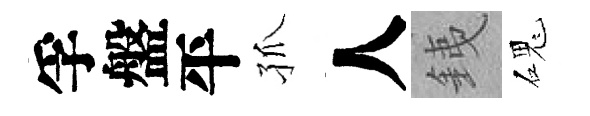
孚盤平孤人銕磈